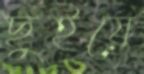
ছুইয়ে